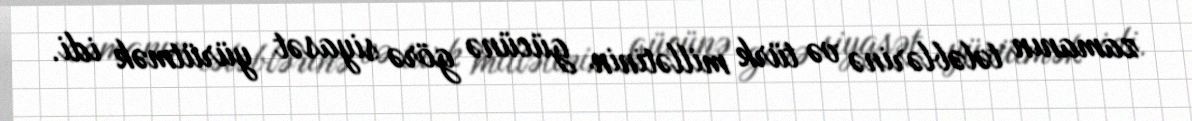
zamanın tələblərinə və türk millətinin gücünə görə siyasət yürütmək idi.